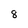
Character: 8